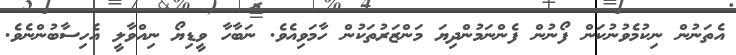
އެތަނުން ނިކުމެވުނުކަން ފޯނުން ފެންނަމުންދިޔަ މަންޒަރުތަކުން ހާމަވިއެވެ. ނަބާހާ ވީޑިޔޯ ނިއްވާލީ އެހިސާބުންނެވެ.